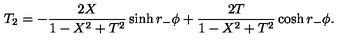
T _ { 2 } = - { \frac { 2 X } { 1 - X ^ { 2 } + T ^ { 2 } } } \sinh r _ { - } \phi + { \frac { 2 T } { 1 - X ^ { 2 } + T ^ { 2 } } } \cosh r _ { - } \phi .